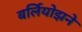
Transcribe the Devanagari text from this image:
बर्लियोझने